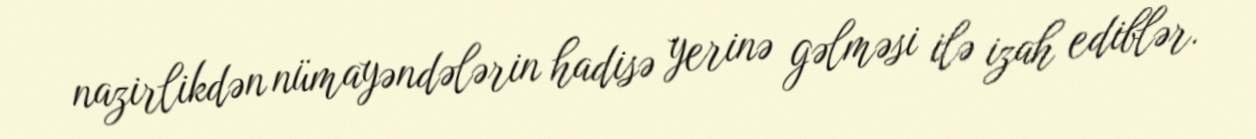
nazirlikdən nümayəndələrin hadisə yerinə gəlməsi ilə izah ediblər.